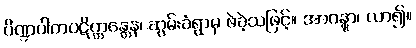
ပိဏ္ဍပါတပဋိက္ကန္တေန၊ ဆွမ်းခံရွာမှ ဖဲခဲ့သဖြင့်။ အာဂန္တွာ၊ လာ၍။